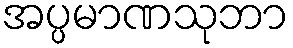
အပ္ပမာဏသုဘာ